Medical and sanitary report of the native army of Madras for the year
Year: 1876
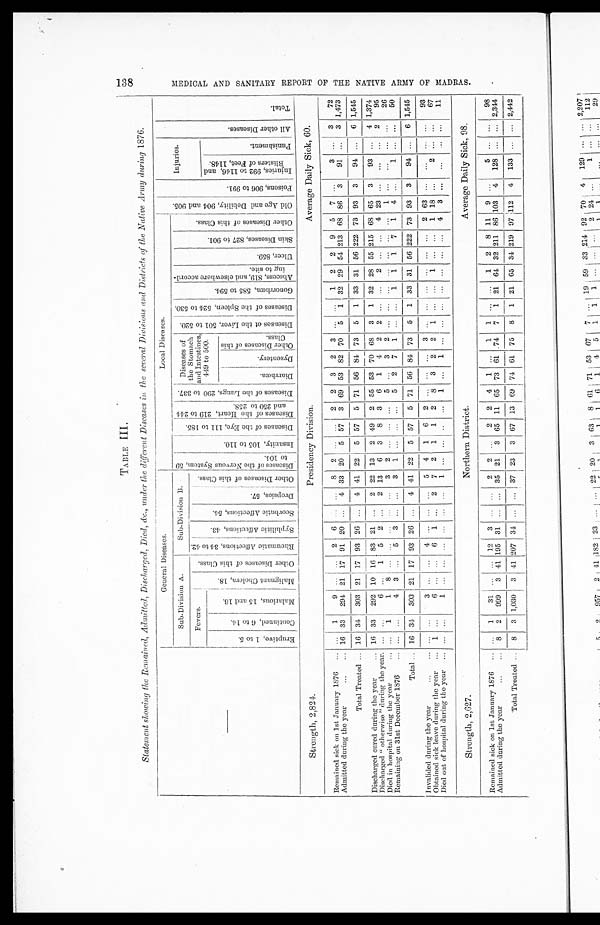
Discharged cured during the year
5 2 957 2 41 182 23
. . .
... 22 20 3 63 8 61 71 53 67 7
. . .
19 59 33 214 92 70 4 129
. . .
. . .
2,207
Discharged "otherwise" during the year. 1 1
38 ... ... 10 8
. . .
...
5 1
. . .
1 1 6 1 4 5 1 1 1 ... ... ...
2 24
. . .
1
. . .
. . .
112
Died in hospital during the year
1 ...
11 1
. . .
1
. . .
. . .
. . .
5
1
. . .
. . .
4
. . .
. . .
3
. . .
. . .
. . .
. . .
. . .
. . . . . .
1
1
. . .
. . .
. . .
. . .
2 9
Remaining on 31st December 1876
1 ...
24 ... ... 14 3 ... ...
5 1 ...
3 . . .
2 2 1
3
. . .
. . .
1 6 1 5 2 17 ...
3
. . .
...
94
Total
8 3 1,030 3 41 207 34
. . .
. . .
37 23 3 67 13 69 74 61 75 8 1 21 65 34
2 1 9
97 112 4 133 ... ... 2,442
Invalided during the year
. . .
. . .
3
. . .
1 5 2
. . .
...
1 1 ...
2 1 1
. . .
. . .
1
. . .
... ... ... ... ...
2 49 ...
2 ... ...
71
Obtained sick leave during the year
. . .
. . .
17 ... ...
4
3 ... ...
. . .
1 22
. . .
1 1 ...
2 1
1 1 ... ... ... ...
1 9 ...
1 ... ...
65
Died out of hospital during the year
. . .
. . .
2
2
2
. . .
. . .
. . .
. . .
. . .
1
1
. . .
. . .
3
. . .
1
. . .
. . .
. . .
. . .
. . .
. . .
. . .
... ... ...
1 2 ...
15
Strength, 3,257. Southern District. Average Daily Sick, 71.
Remained sick on 1st January 1876
. . .
2
22 ... ... 11
5 2
. . .
3 3 1 1 1 4
1 2 1 ...
. . .
2 3 3 8 3 3
. . .
4
. . .
. . .
85
Admitted during the year
9 119 534 25 16 89 30 4
7
26 25 9 93 3 64 59 86 96 4
. . .
12
6 1
1 0 3
251 50 73
2
120 ... ... 1,970
Total Treated
9 121 556 25 16 100 35 6 7 29 28 10 94 4 68 60 88 97 4 ... 14 64 106 259 53 76 2 124 ... ... 2,055
Discharged cured during the year
8 120 510 10 16 78 28 1 3 20 13
5 87 2 47 49 75 82 3 ... 11 57 100 248 45 49 2 118 ... ... 1,787
Discharged "otherwise" during the year. ...
1
25 2 ... 12 4 1 2 7 10 4 3 2 12
6
8 8 ...
. . .
1 3 1 4 3 25
. . .
1
. . .
...
145
Died in hospital during the year
1
. . .
5 13
. . .
. . .
. . .
3
. . .
. . .
1
. . .
... ...
3 3
. . .
4 1
. . .
. . .
2
. . .
. . .
. . .
1
. . .
. . .
. . .
. . .
37
Remaining on 31st December 1876
. . .
. . .
16
. . .
... 10 3 1 2 2 4
1
4 ...
6 2 5 3 ...
. . .
2 2 5 7 5 1 ...
5
. . .
...
86
Total
9 121 556 25 16 100 35 6 7 29 28 10 94 4 68 60 88 97 4
. . .
14 64 106 259 53 76 2 124
. . .
... 2,055
Invalided during the year
... ...
...
... ...
4 2 ... ... ...
3 2 10 4 1 ... ...
1
1 . . .
. . . . . .
1 3 4 60 ...
...
... ...
96
Obtained sick leave during the year
... ...
6
. . .
. . .
5 1 ...
1 4 4 ... ...
1 11
5 12 2 ...
. . .
... ...
1 3 5 20 ...
. . .
... ...
81
Died out of hospital during the year
. . .
...
...
. . . . . .
. . .
1
. . . . . .
. . .
. . .
. . .
. . .
. . .
. . .
. . .
2 . . .
. . .
. . .
. . .
. . .
. . .
. . .
...
6
. . .
. . .
. . .
. . .
9
Strength, 1,962. Malabar and Canara. Average Daily Sick, 36.
Remained sick on 1st January 1876
... ...
5
. . .
. . .
4
. . .
. . .
. . .
. . .
3 2 ...
. . .
1
. . .
. . .
3
. . .
. . .
...
2 2 11
2 1
. . .
6 ... ...
42
Admitted during the year
40 ...
173 ... ... 59 21 1
1
4 7 6 19
2
33 34 49 35 3
1
11 60 28 223 47 22 3 122 ...
. . .
1,004
Total Treated
40
. . .
178 ... ... 63 21
1 1 4 10 8 19 2 34 34 49 38 3 1 11
6 2
30 234 49 23 3 128 ... ... 1,046
Discharged cured during the year
33 ...
157 ... ... 47 15
1
1
3 8 4 17 1 22 28 44 32 2 1 10 62 28 226 46 11
3 125 ... ... 927
Discharged "otherwise" during the year. 1 ...
17 ...
. . .
1 1
3 ... ...
1 2 4 2 ...
9 4 5 6 1 ...
1 ...
1 4 3 10 ...
3
. . .
...
88
Died in hospital during the year
. . .
...
1 . . .
. . .
. . .
. . .
. . .
. . .
. . .
. . .
. . .
. . . . . .
1 ...
. . .
. . .
. . .
... ...
. . .
. . .
. . .
. . .
1
. . .
. . .
. . .
. . .
3
Remaining on 31st December 1876
6
. . .
3 ... ...
5 3 ...
. . .
. . . . . .
. . .
. . .
1
2
2
. . . .
. . .
. . .
. . .
. . .
...
1 4
. . .
1 ...
...
... ...
28
Total
4 0
...
178 ... ... 63 21 1 1
4
10
8
19 2 34 34 49 38 3 1 11 62 30 234 49 23 3
128 ...
. . .
1,046